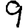
Digit: 9